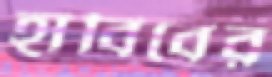
হাবিবের